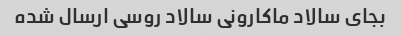
بجای سالاد ماکارونی سالاد روسی ارسال شده